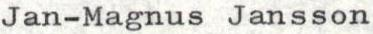
Jan-Magnus Jansson